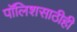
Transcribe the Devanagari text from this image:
पॉलिशसाठीही